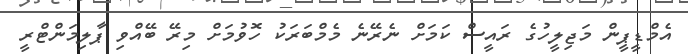
އެމްޑީޕީން މަޖިލީހުގެ ރައީސް ކަމަށް ނެރޭނެ މެމްބަރަކު ހޮވުމަށް މިރޭ ބޭއްވި ޕާލިމަންޓްރީ